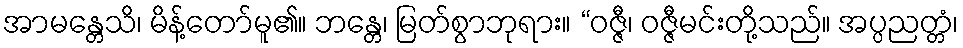
အာမန္တေသိ၊ မိန့်တော်မူ၏။ ဘန္တေ၊ မြတ်စွာဘုရား။ “ဝဇ္ဇီ၊ ဝဇ္ဇီမင်းတို့သည်။ အပ္ပညတ္တံ၊